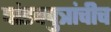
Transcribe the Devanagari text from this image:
पांडवपुत्रांचीच